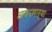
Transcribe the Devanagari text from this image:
आचरणाऱ्या